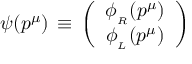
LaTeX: \psi ( p ^ { \mu } ) \, \equiv \, \left( \begin{array} { c } { { \phi _ { _ R } ( p ^ { \mu } ) } } \\ { { \phi _ { _ L } ( p ^ { \mu } ) } } \end{array} \right)